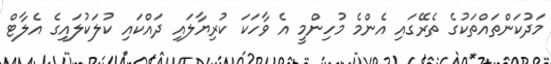
މަދުކަންތައްތަކުގެ ތެރޭގައި އެންމެ މުހިންމީ އެ ވާހަކަ ކުރިޔާލައި ދައްކައި ކުލަކުލައިގެ އެލާޓް